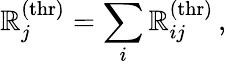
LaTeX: \mathbb{R}_{j}^{\mathrm{{(thr)}}}=\sum_{i}\mathbb{R}_{ij}^{\mathrm{{(thr)}}}\, ,